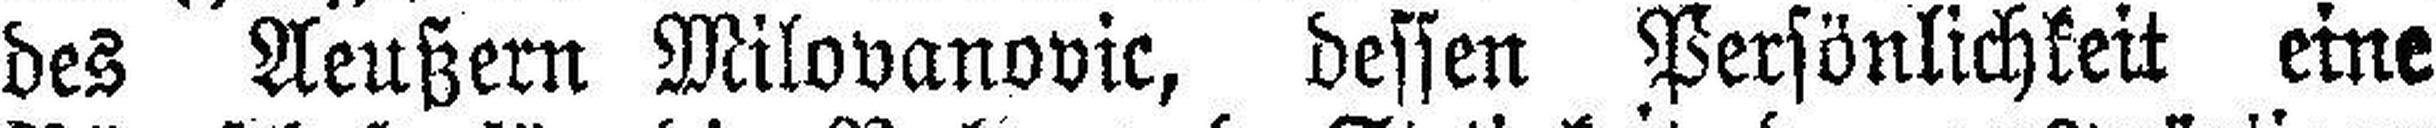
des Aeußern Milovanovic, dessen Persönlichkeit eine